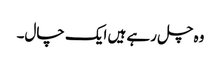
وہ چل رہے ہیں ایک چال۔